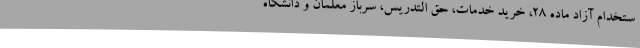
ستخدام آزاد ماده ۲۸، خرید خدمات، حق التدریس، سرباز معلمان و دانشگاه